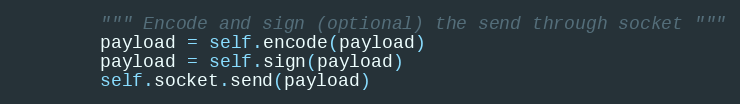
Language: Python
        """ Encode and sign (optional) the send through socket """
        payload = self.encode(payload)
        payload = self.sign(payload)
        self.socket.send(payload)